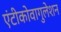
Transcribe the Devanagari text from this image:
एंटीकोवागुलेशन